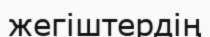
жегіштердің